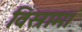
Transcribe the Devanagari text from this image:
विस्राम।